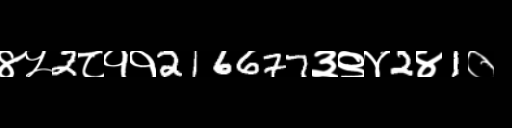
Text: ४५2८११216677३९४2४1०